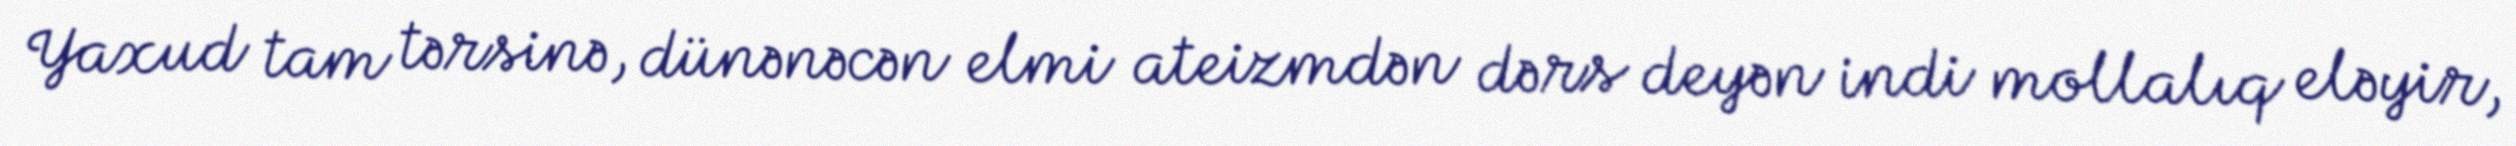
Yaxud tam tərsinə, dünənəcən elmi ateizmdən dərs deyən indi mollalıq eləyir,